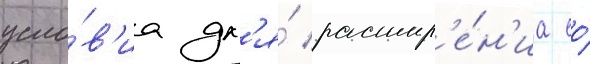
усло́в'иа дл'я́ расшир'е́н'иа ео́